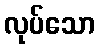
လုပ်သော